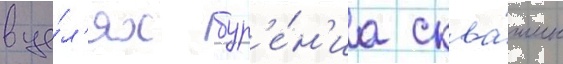
в це́л'ях бур'е́н'иа сква́жин